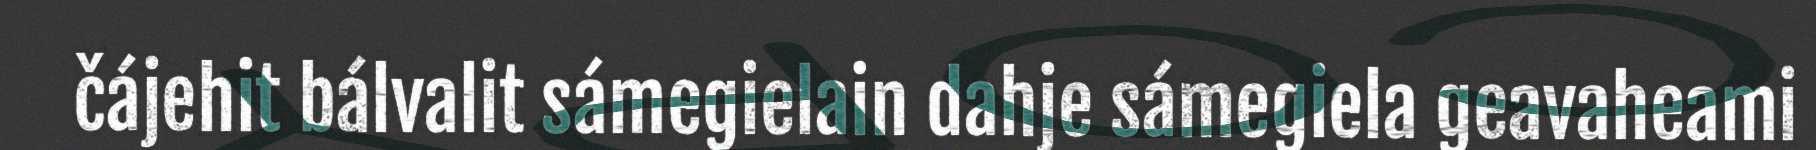
čájehit bálvalit sámegielain dahje sámegiela geavaheami